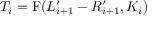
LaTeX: T _ { i } = \mathrm { F } ( L _ { i + 1 } ^ { \prime } - R _ { i + 1 } ^ { \prime } , K _ { i } )